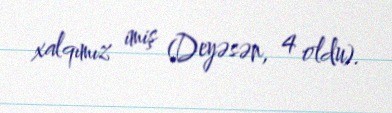
xalqımız imiş (Deyəsən, 4 oldu).